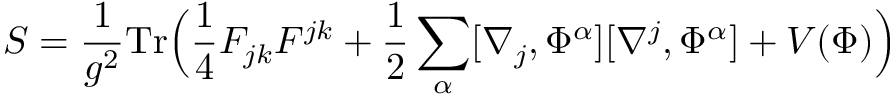
S = \frac { 1 } { g ^ { 2 } } \mathrm { T r } \Bigl ( \frac { 1 } { 4 } F _ { j k } F ^ { j k } + \frac { 1 } { 2 } \sum _ { \alpha } [ \nabla _ { j } , \Phi ^ { \alpha } ] [ \nabla ^ { j } , \Phi ^ { \alpha } ] + V ( \Phi ) \Bigr )